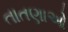
તાતણાઓ